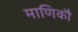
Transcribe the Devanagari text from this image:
माणिकौ